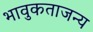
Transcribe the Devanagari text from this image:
भावुकताजन्य